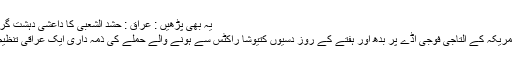
یہ بھی پڑھیں : عراق : حشد الشعبی کا داعشی دہشت گرد عناصر کے خلاف نئے آپریشن کا آغاز
دوسری طرف بغداد کے شمال میں واقع امریکہ کے التاجی فوجی اڈے پر بدھ اور ہفتے کے روز دسیوں کتیوشا راکٹس سے ہونے والے حملے کی ذمہ داری ایک عراقی تنظیم ’’عصبۃ الثائرین‘‘ نے قبول کر لی ہے۔